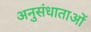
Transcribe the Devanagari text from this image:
अनुसंधाताओं